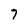
Character: 7